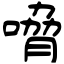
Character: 嗋